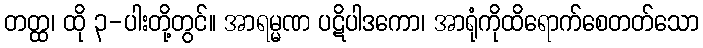
တတ္ထ၊ ထို ၃-ပါးတို့တွင်။ အာရမ္မဏ ပဋိပါဒကော၊ အာရုံကိုထိရောက်စေတတ်သော